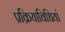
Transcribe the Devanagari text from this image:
प्रक्रियाविधियां